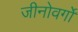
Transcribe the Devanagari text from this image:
जीनोवर्गों